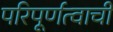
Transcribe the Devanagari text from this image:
परिपूर्णत्वाची